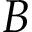
B